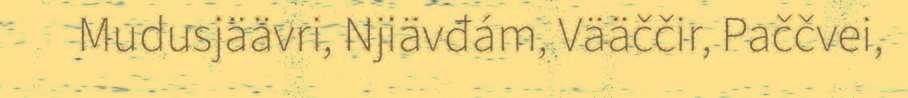
Mudusjäävri, Njiävđám, Vääččir, Paččvei,